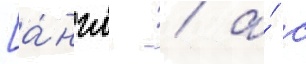
[а́нгл. / а́ с